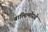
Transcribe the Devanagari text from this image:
बाल्टिमोरचे